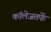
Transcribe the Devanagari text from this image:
कॉलेजतर्फे